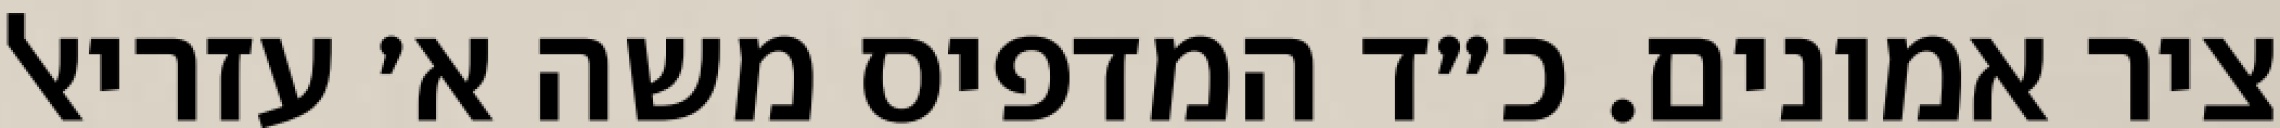
ציר אמונים. כ״ד המדפיס משה א׳ עזריאל